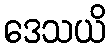
ဒေသယိ